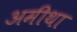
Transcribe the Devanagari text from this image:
अमीथा